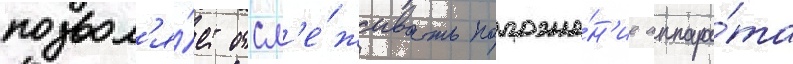
позвол'я́ет отсл'е́живать положе́н'ие аппара́та